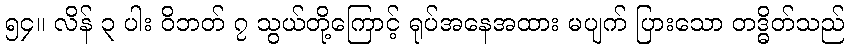
၅၄။ လိန် ၃ ပါး ဝိဘတ် ၇ သွယ်တို့ကြောင့် ရုပ်အနေအထား မပျက် ပြားသော တဒ္ဓိတ်သည်